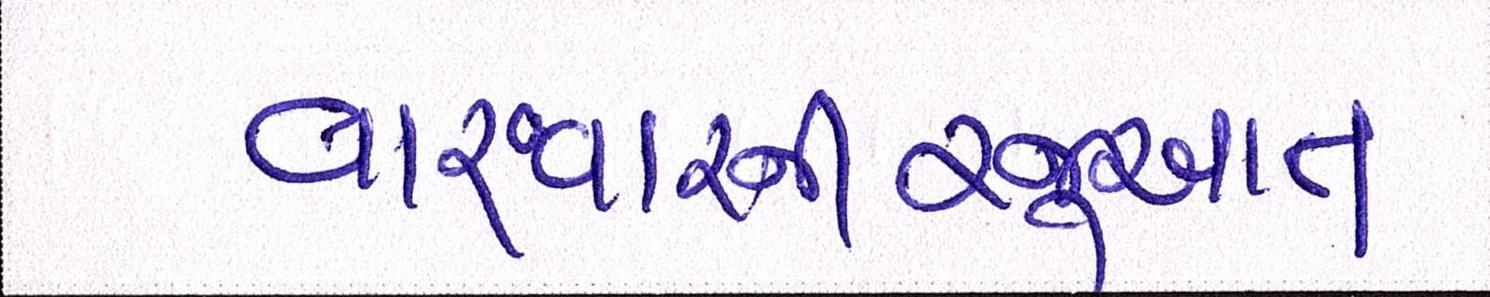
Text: વારંવારનીરજુઆત